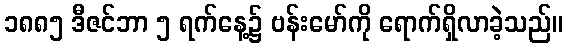
၁၈၈၅ ဒီဇင်ဘာ ၅ ရက်နေ့၌ ဗန်းမော်ကို ရောက်ရှိလာခဲ့သည်။